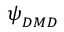
\boldsymbol { \psi } _ { D M D }